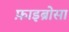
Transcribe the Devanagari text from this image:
फ़ाइब्रोसा